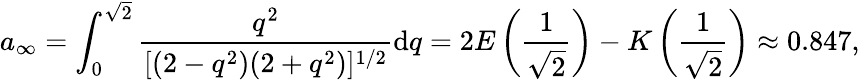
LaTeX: a_{\infty}=\int_{0}^{\sqrt{2}}\frac{q^{2}}{[(2-q^{2})(2+q^{2})]^{1/2}}\mathrm{d}q=2E\left(\frac{1}{\sqrt{2}}\right)-K\left(\frac{1}{\sqrt{2}}\right)\approx 0.847,